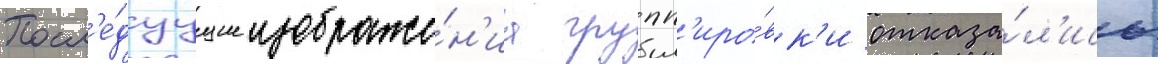
Посл'е́дуущие изображе́н'иа групп'иро́вк'и отказа́л'ись